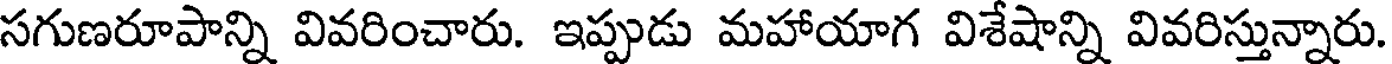
సగుణరూపాన్ని వివరించారు. ఇప్పుడు మహాయాగ విశేషాన్ని వివరిస్తున్నారు.